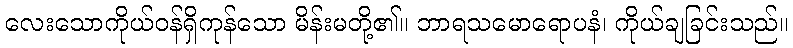
လေးသောကိုယ်ဝန်ရှိကုန်သော မိန်းမတို့၏။ ဘာရသမောရောပနံ၊ ကိုယ်ချခြင်းသည်။